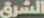
الشرق